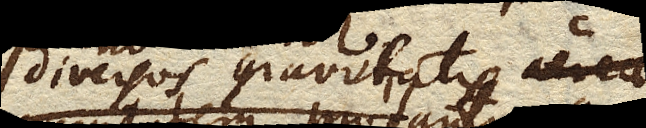
varieta gravitatem